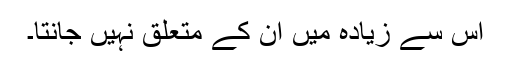
اس سے زیادہ میں اُن کے متعلق نہیں جانتا۔